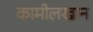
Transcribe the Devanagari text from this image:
कामीलखान